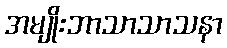
အမျိုးဘာသာသာသနာ